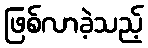
ဖြစ်လာခဲ့သည့်